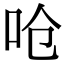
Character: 呛